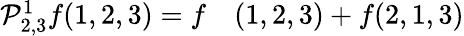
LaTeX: \begin{array}{rl}{\mathcal P_{2,3}^{1}f(1,2,3)=f}&{{}(1,2,3)+f(2,1,3)}\end{array}